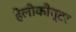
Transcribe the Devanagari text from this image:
हेलीकौप्टर